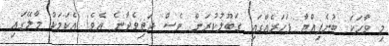
މި ވާހަކަ ބުނެފިއްޔާ ފަހަރެއްގައި ގަބޫލުކުރަން ވެސް ދަތިވެދާނެ އެވެ! އެކަމަކު މާލޭގައި